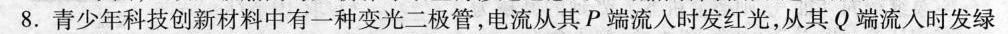
8.青少年科技创新材料中有一种变光二极管，电流从其P端流入时发红光，从其Q端流入时发绿